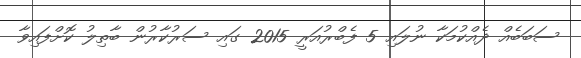
ސަބަބެއް ދެއްކުމަކާ ނުލައި 5 ފެބްރުއަރީ 2015 ގައި ސަރުކާރުން ބާތިލު ކޮށްފައިވާ